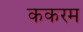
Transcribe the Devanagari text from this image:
ककरम